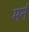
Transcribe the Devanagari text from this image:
मर्न